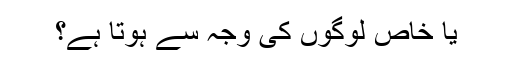
یا خاص لوگوں کی وجہ سے ہوتا ہے؟